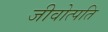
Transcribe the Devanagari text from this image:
जीवोत्पति